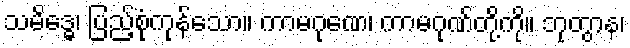
သမိဒ္ဓေ၊ ပြည့်စုံကုန်သော။ ကာမဂုဏေ၊ ကာမဂုဏ်တို့ကို။ ဘုတွာန၊